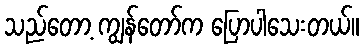
သည်တော့ ကျွန်တော်က ပြောပါသေးတယ်။